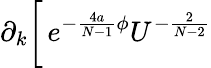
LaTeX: \partial_{k}\biggl[\, e^{-\frac{4a}{N-1}\phi}U^{-\frac{2}{N-2}}